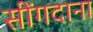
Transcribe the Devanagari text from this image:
सींगदाना